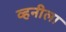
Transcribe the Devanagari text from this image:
व्हनीला